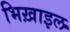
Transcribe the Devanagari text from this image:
भिख़ाइल